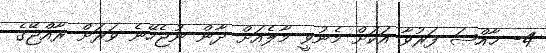
4- ޚާއްޞަ ފަރުވާ އަކަށް މެނުވީ މާލެއަށް ދާން ނުޖެހޭނެ ވަރަށް ރާއްޖޭގެ